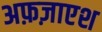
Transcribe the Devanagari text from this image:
अफ़ज़ाएश